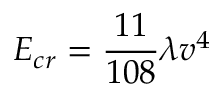
E _ { c r } = { \frac { 1 1 } { 1 0 8 } } \lambda v ^ { 4 }